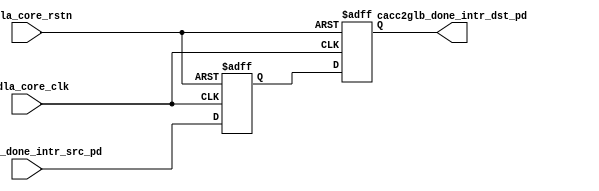
// ================================================================
// NVDLA Open Source Project
//
// Copyright(c) 2016 - 2017 NVIDIA Corporation. Licensed under the
// NVDLA Open Hardware License; Check "LICENSE" which comes with
// this distribution for more information.
// ================================================================
module NV_NVDLA_RT_cacc2glb (
   nvdla_core_clk
  ,nvdla_core_rstn
  ,cacc2glb_done_intr_src_pd
  ,cacc2glb_done_intr_dst_pd
  );
//
// NV_NVDLA_RT_cacc2glb_ports.v
//
input nvdla_core_clk;
input nvdla_core_rstn;
input [1:0] cacc2glb_done_intr_src_pd;
output [1:0] cacc2glb_done_intr_dst_pd;
wire [1:0] cacc2glb_done_intr_pd_d0;
reg [1:0] cacc2glb_done_intr_pd_d1;
reg [1:0] cacc2glb_done_intr_pd_d2;
assign cacc2glb_done_intr_pd_d0 = cacc2glb_done_intr_src_pd;
always @(posedge nvdla_core_clk or negedge nvdla_core_rstn) begin
  if (!nvdla_core_rstn) begin
    cacc2glb_done_intr_pd_d1 <= {2{1'b0}};
  end else begin
  cacc2glb_done_intr_pd_d1 <= cacc2glb_done_intr_pd_d0;
  end
end
always @(posedge nvdla_core_clk or negedge nvdla_core_rstn) begin
  if (!nvdla_core_rstn) begin
    cacc2glb_done_intr_pd_d2 <= {2{1'b0}};
  end else begin
  cacc2glb_done_intr_pd_d2 <= cacc2glb_done_intr_pd_d1;
  end
end
assign cacc2glb_done_intr_dst_pd = cacc2glb_done_intr_pd_d2;
endmodule // NV_NVDLA_RT_cacc2glb